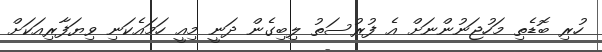
ހުރި ބޮޑެތި މަހުޖަނުންނަށް އެ ފުރުސަތު ލިބިގެން ދަނީ މިއީ ހަމައެކަނި ވިޔަފާރިއަކަށް